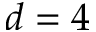
d = 4